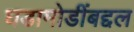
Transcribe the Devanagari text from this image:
घडामोडींबद्दल